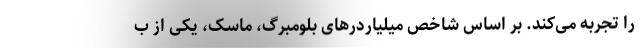
را تجربه می‌کند. بر اساس شاخص میلیاردرهای بلومبرگ، ماسک، یکی از ب